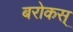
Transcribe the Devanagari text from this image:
बरोकस्